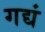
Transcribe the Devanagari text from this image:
गद्यं